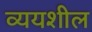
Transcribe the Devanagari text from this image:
व्ययशील